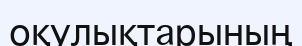
оқулықтарының